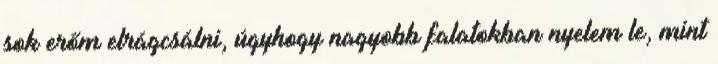
sok erőm elrágcsálni, úgyhogy nagyobb falatokban nyelem le, mint